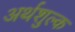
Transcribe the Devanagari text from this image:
अर्थशुल्क